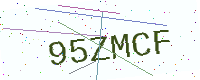
Text: 95ZMCF